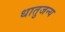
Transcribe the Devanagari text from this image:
धातुजन्य